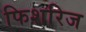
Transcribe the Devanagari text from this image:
फिशरिज